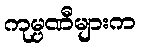
ကုမ္ပဏီများက